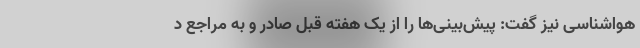
هواشناسی نیز گفت: پیش‌بینی‌ها را از یک هفته قبل صادر و به مراجع د